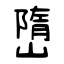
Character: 嶞